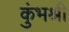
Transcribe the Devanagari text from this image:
कुंभश्री